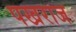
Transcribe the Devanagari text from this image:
पखराज